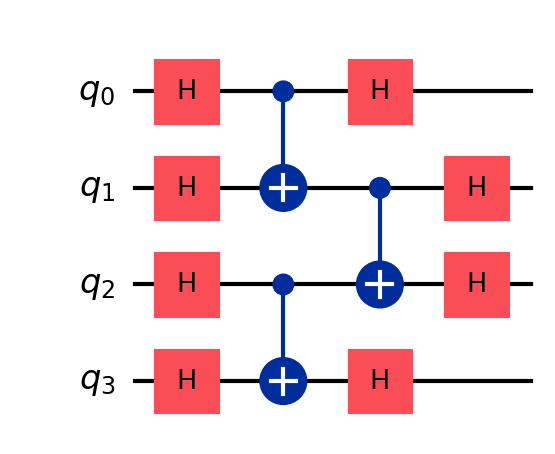
Description: Multiple parallel gates at same circuit depth
描述: 同一电路深度的多个并行门
Category: visual_variants (difficulty: basic)
Qubits: 4, circuit depth: 4

Braket implementation:
from braket.circuits import Circuit
circuit = Circuit()
circuit.h(0).h(1).h(2).h(3)
circuit.cnot(0, 1).cnot(2, 3)
circuit.cnot(1, 2)
circuit.h(0).h(1).h(2).h(3)

Qiskit implementation:
from qiskit import QuantumCircuit
circuit = QuantumCircuit(4)
circuit.h(0).h(1).h(2).h(3)
circuit.cx(0, 1).cx(2, 3)
circuit.cx(1, 2)
circuit.h(0).h(1).h(2).h(3)